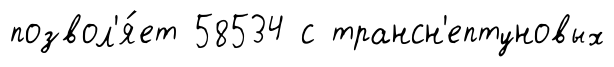
позвол'я́ет 58534 с трансн'ептуновых